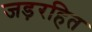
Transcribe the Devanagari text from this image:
जड़रहित